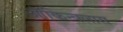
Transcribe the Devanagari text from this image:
ऑकिन्क्लास